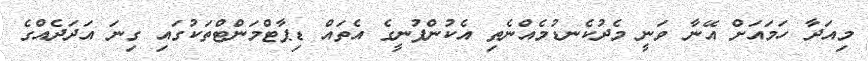
މިއަދާ ހަމައަށް އޭނާ ވަނީ މެދުކެނޑުމެއްނެތި އެކުންފުނީގެ އެތައް ޑިޕާޓްމަންޓްތަކުގައި ގިނަ އަދަދެއްގެ